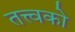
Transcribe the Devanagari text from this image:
तत्त्वको